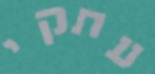
עתקי